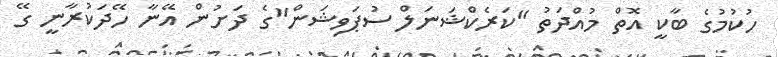
ހުކުމުގެ ބާކީ އޮތް މުއްދަތު "ކަރެކްޝަނަލް ސުޕަވިޝަން"ގެ ދަށުން އޭނާ ހޭދަކުރާނީ ގޭ